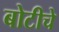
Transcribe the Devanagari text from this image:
बोटीचे